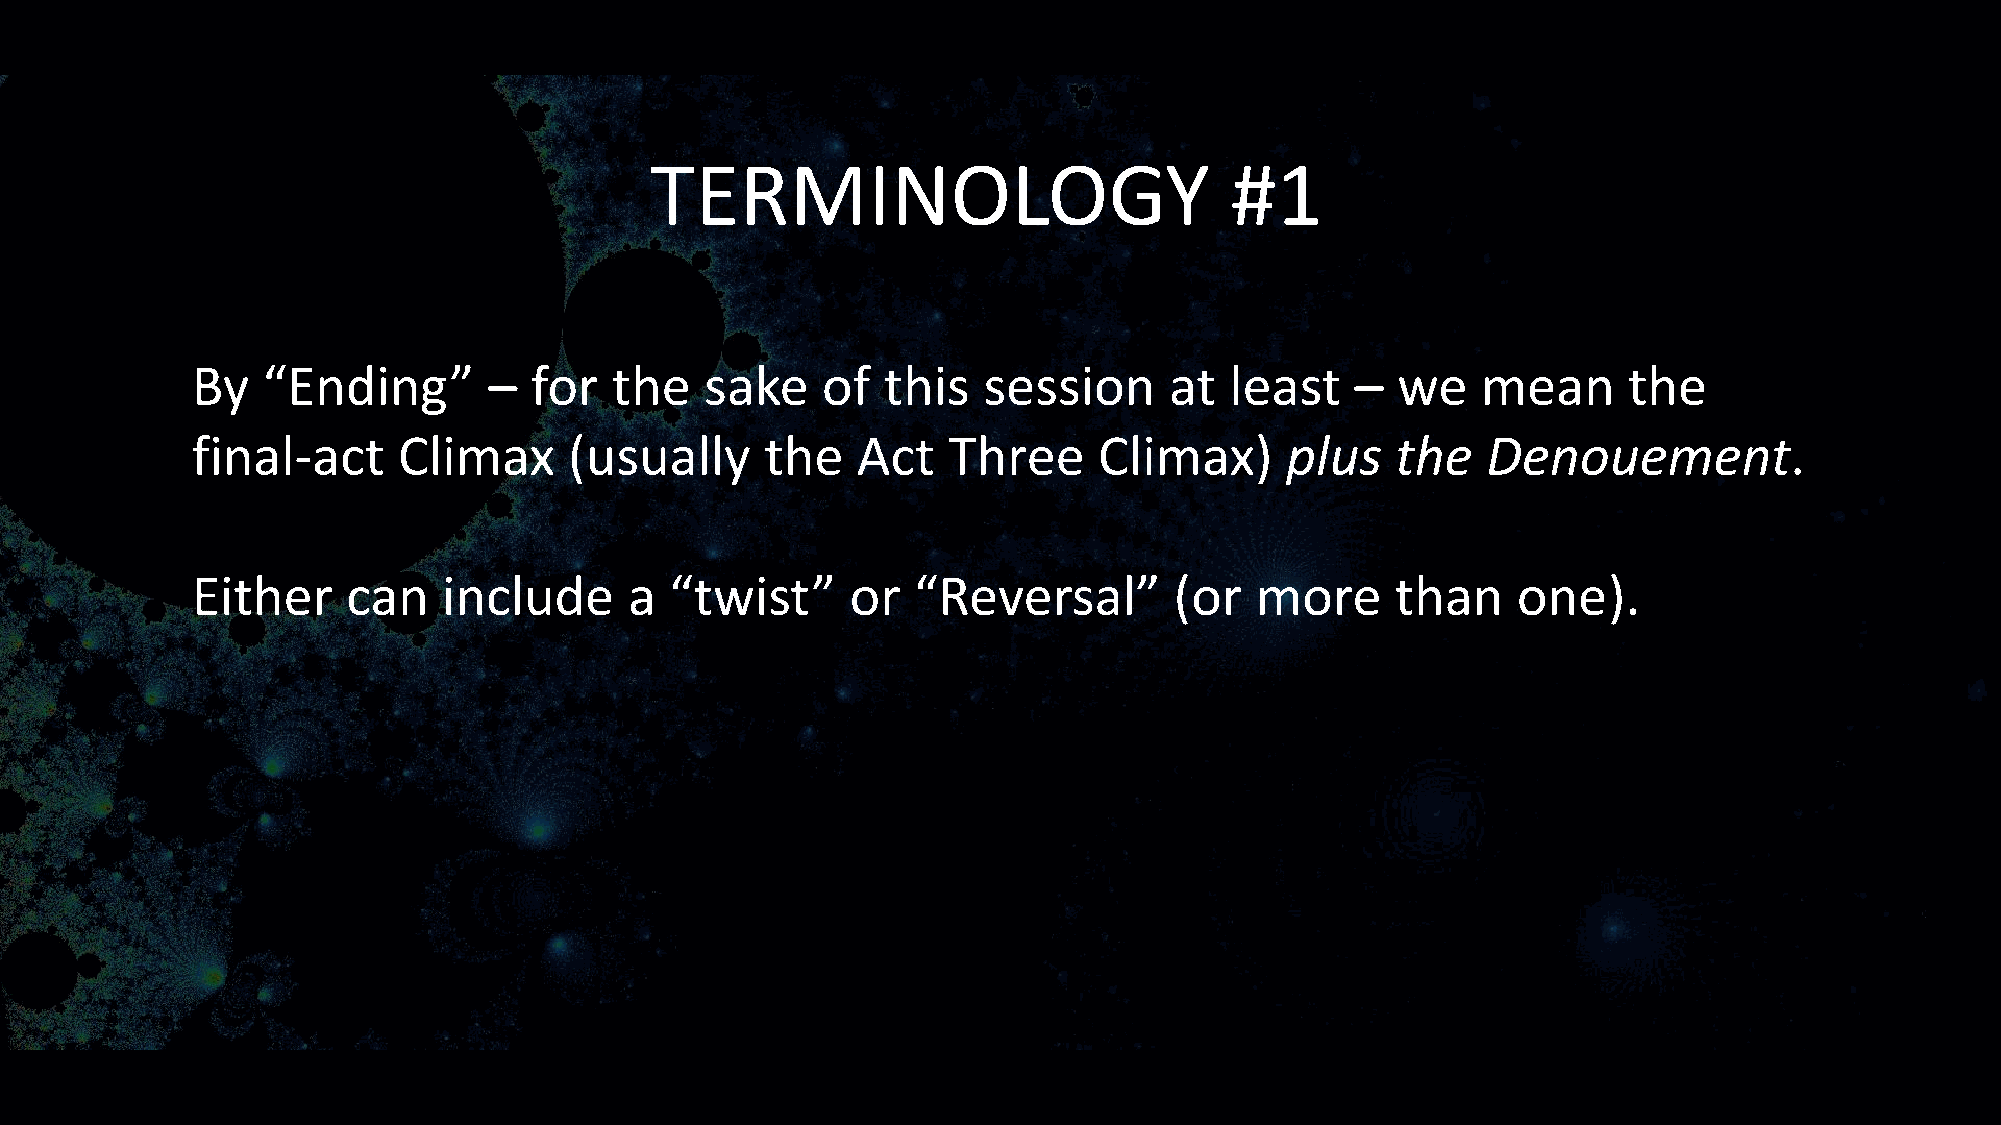
TERMINOLOGY                           #1
 By  “Ending”       –  for  the    sake   of  this   session     at  least    – we    mean      the
 final-act    Climax      (usually     the   Act   Three     Climax)     plus   the   Denouement.
 Either    can   include      a “twist”     or  “Reversal”        (or  more     than    one).